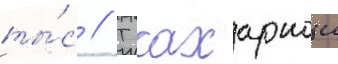
ты́с // Т сахарнои